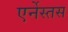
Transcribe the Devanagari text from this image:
एर्नेस्तस